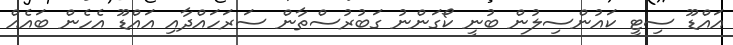
އައްޑޫ ސިޓީ ކައުންސިލުން ބުނީ ކޯގަންނު ގަބުރުސްތާން ސަރަހައްދާއި އައްޑޫ އެހެން ބައެއް